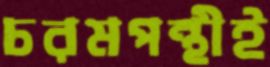
চরমপন্থীই